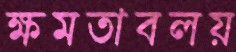
ক্ষমতাবলয়